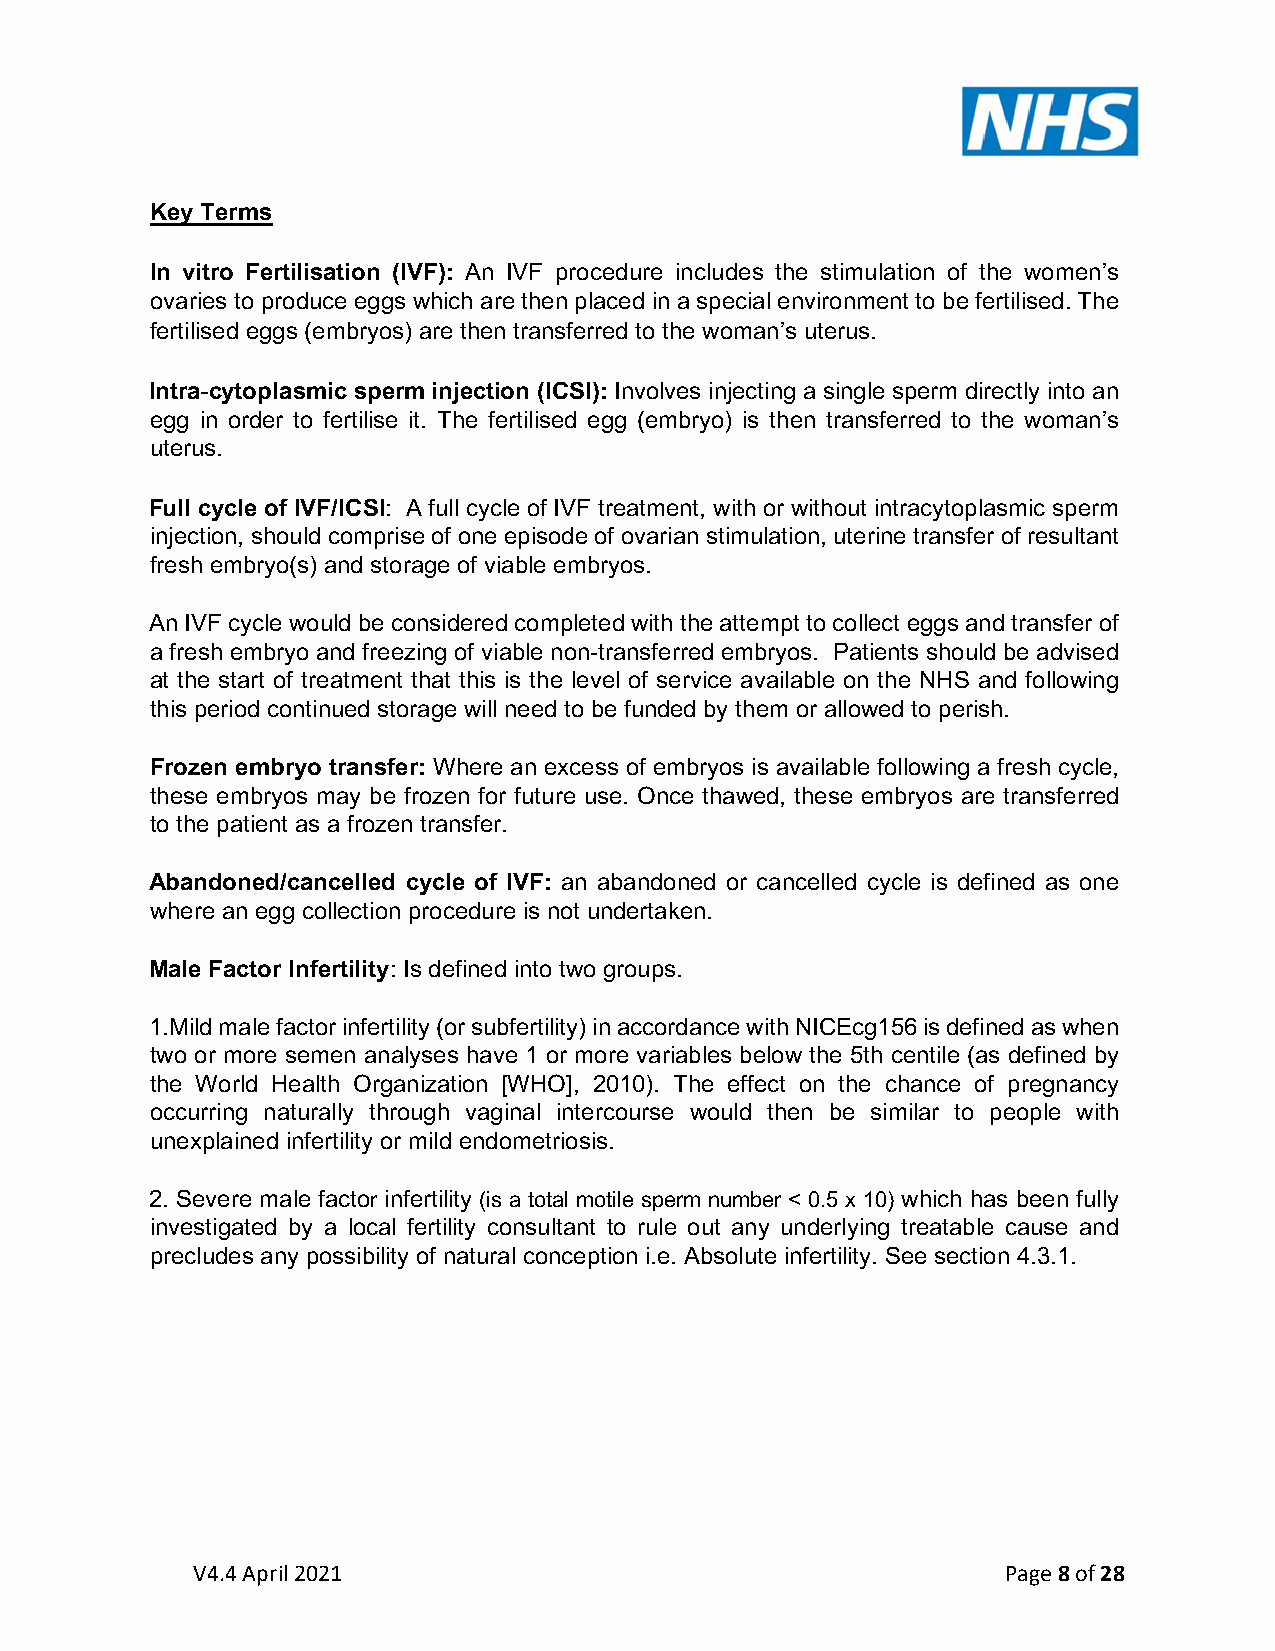
Key Terms
 In vitro Fertilisation (IVF): An IVF procedure includes the stimulation of the women’s
 ovaries to produce eggs which are then placed in a special environment to be fertilised. The
 fertilised eggs (embryos) are then transferred to the woman’s uterus.
 Intra-cytoplasmic sperm injection (ICSI): Involves injecting a single sperm directly into an
 egg in order to fertilise it. The fertilised egg (embryo) is then transferred to the woman’s
 uterus.
 Full cycle of IVF/ICSI: A full cycle of IVF treatment, with or without intracytoplasmic sperm
 injection, should comprise of one episode of ovarian stimulation, uterine transfer of resultant
 fresh embryo(s) and storage of viable embryos.
 An IVF cycle would be considered completed with the attempt to collect eggs and transfer of
 a fresh embryo and freezing of viable non-transferred embryos. Patients should be advised
 at the start of treatment that this is the level of service available on the NHS and following
 this period continued storage will need to be funded by them or allowed to perish.
 Frozen embryo transfer: Where an excess of embryos is available following a fresh cycle,
 these embryos may be frozen for future use. Once thawed, these embryos are transferred
 to the patient as a frozen transfer.
 Abandoned/cancelled cycle of IVF: an abandoned or cancelled cycle is defined as one
 where an egg collection procedure is not undertaken.
 Male Factor Infertility: Is defined into two groups.
 1.Mild male factor infertility (or subfertility) in accordance with NICEcg156 is defined as when
 two or more semen analyses have 1 or more variables below the 5th centile (as defined by
 the World Health Organization [WHO], 2010). The effect on the chance of pregnancy
 occurring naturally through vaginal intercourse would then be similar to people with
 unexplained infertility or mild endometriosis.
 2. Severe male factor infertility (is a total motile sperm number < 0.5 x 10) which has been fully
 investigated by a local fertility consultant to rule out any underlying treatable cause and
 precludes any possibility of natural conception i.e. Absolute infertility. See section 4.3.1.
 V4.4 April 2021                                       Page 8 of 28